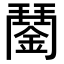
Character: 𨪖